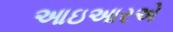
આઇઆરએ